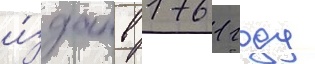
и́здан в 1761 году